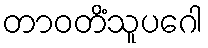
တာဝတိံသူပဂေါ